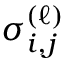
\sigma _ { i , j } ^ { ( \ell ) }